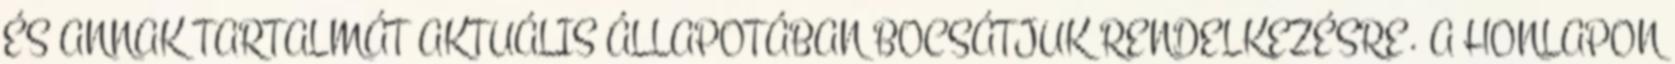
ÉS ANNAK TARTALMÁT AKTUÁLIS ÁLLAPOTÁBAN BOCSÁTJUK RENDELKEZÉSRE. A HONLAPON